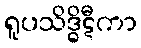
ရူပသိဒ္ဓိဋီကာ